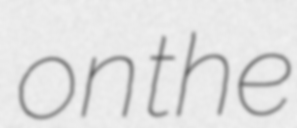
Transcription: on the